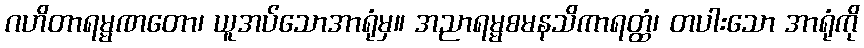
ဂဟိတာရမ္မဏတော၊ ယူအပ်သောအာရုံမှ။ အညာရမ္မစမနသိကာရတ္ထံ၊ တပါးသော အာရုံကို